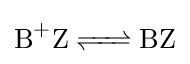
{\ce {{B}+Z <=> BZ}}